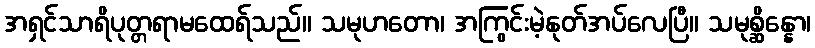
အရှင်သာရိပုတ္တရာမထေရ်သည်။ သမုဟတော၊ အကြွင်းမဲ့နုတ်အပ်လေပြီ။ သမုစ္ဆိန္နော၊